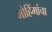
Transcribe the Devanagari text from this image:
मोहिंमांचा